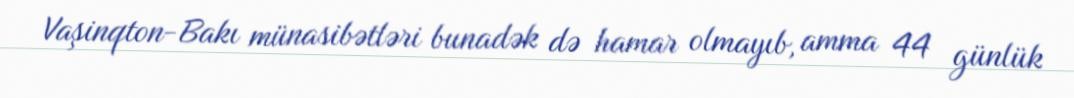
Vaşinqton-Bakı münasibətləri bunadək də hamar olmayıb, amma 44 günlük